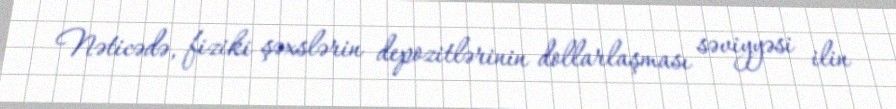
Nəticədə, fiziki şəxslərin depozitlərinin dollarlaşması səviyyəsi ilin